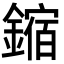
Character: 鏥